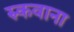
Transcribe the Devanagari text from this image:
रुकवाना